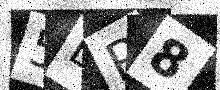
Text: 5BP8